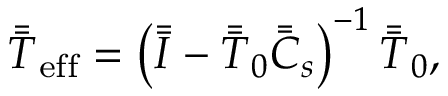
\bar { \bar { T } } _ { \mathrm { e f f } } = \left( \bar { \bar { I } } - \bar { \bar { T } } _ { 0 } \bar { \bar { C } } _ { s } \right) ^ { - 1 } \bar { \bar { T } } _ { 0 } ,